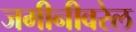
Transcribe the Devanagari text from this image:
जमीनीवरेल